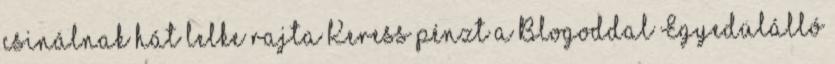
csinálnak hát lelke rajta Keress pénzt a Blogoddal Egyedülálló